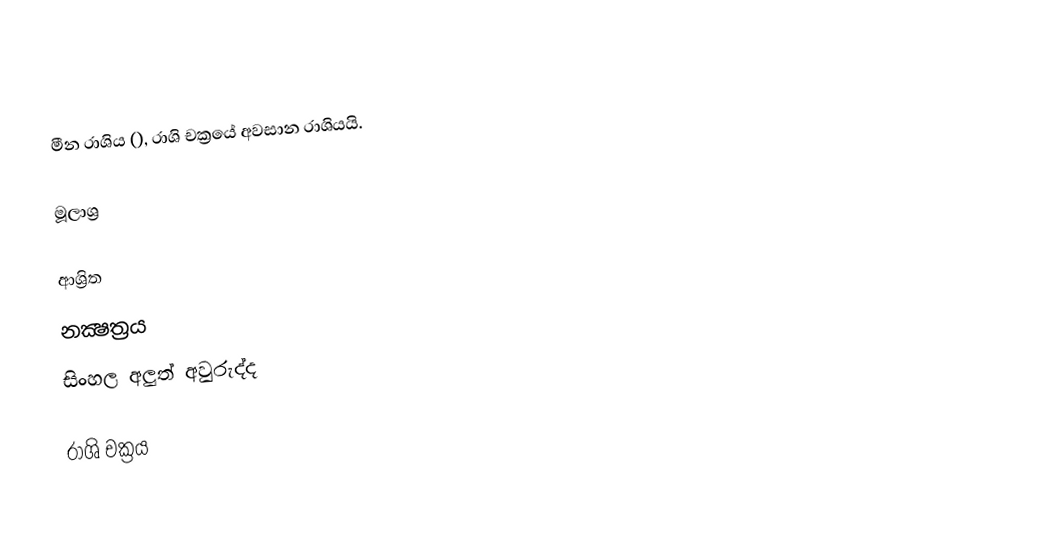
මීන රාශිය (), රාශි චක්‍රයේ අවසාන රාශියයි.

මූලාශ්‍ර

ආශ්‍රිත
 නක්‍ෂත්‍රය
 සිංහල අලුත් අවුරුද්ද

රාශි චක්‍රය